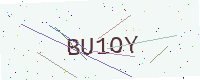
Text: BU1OY